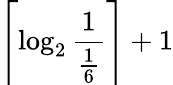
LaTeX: \left\lceil\log_{2}{\frac{1}{\frac{1}{6}}}\right\rceil+1